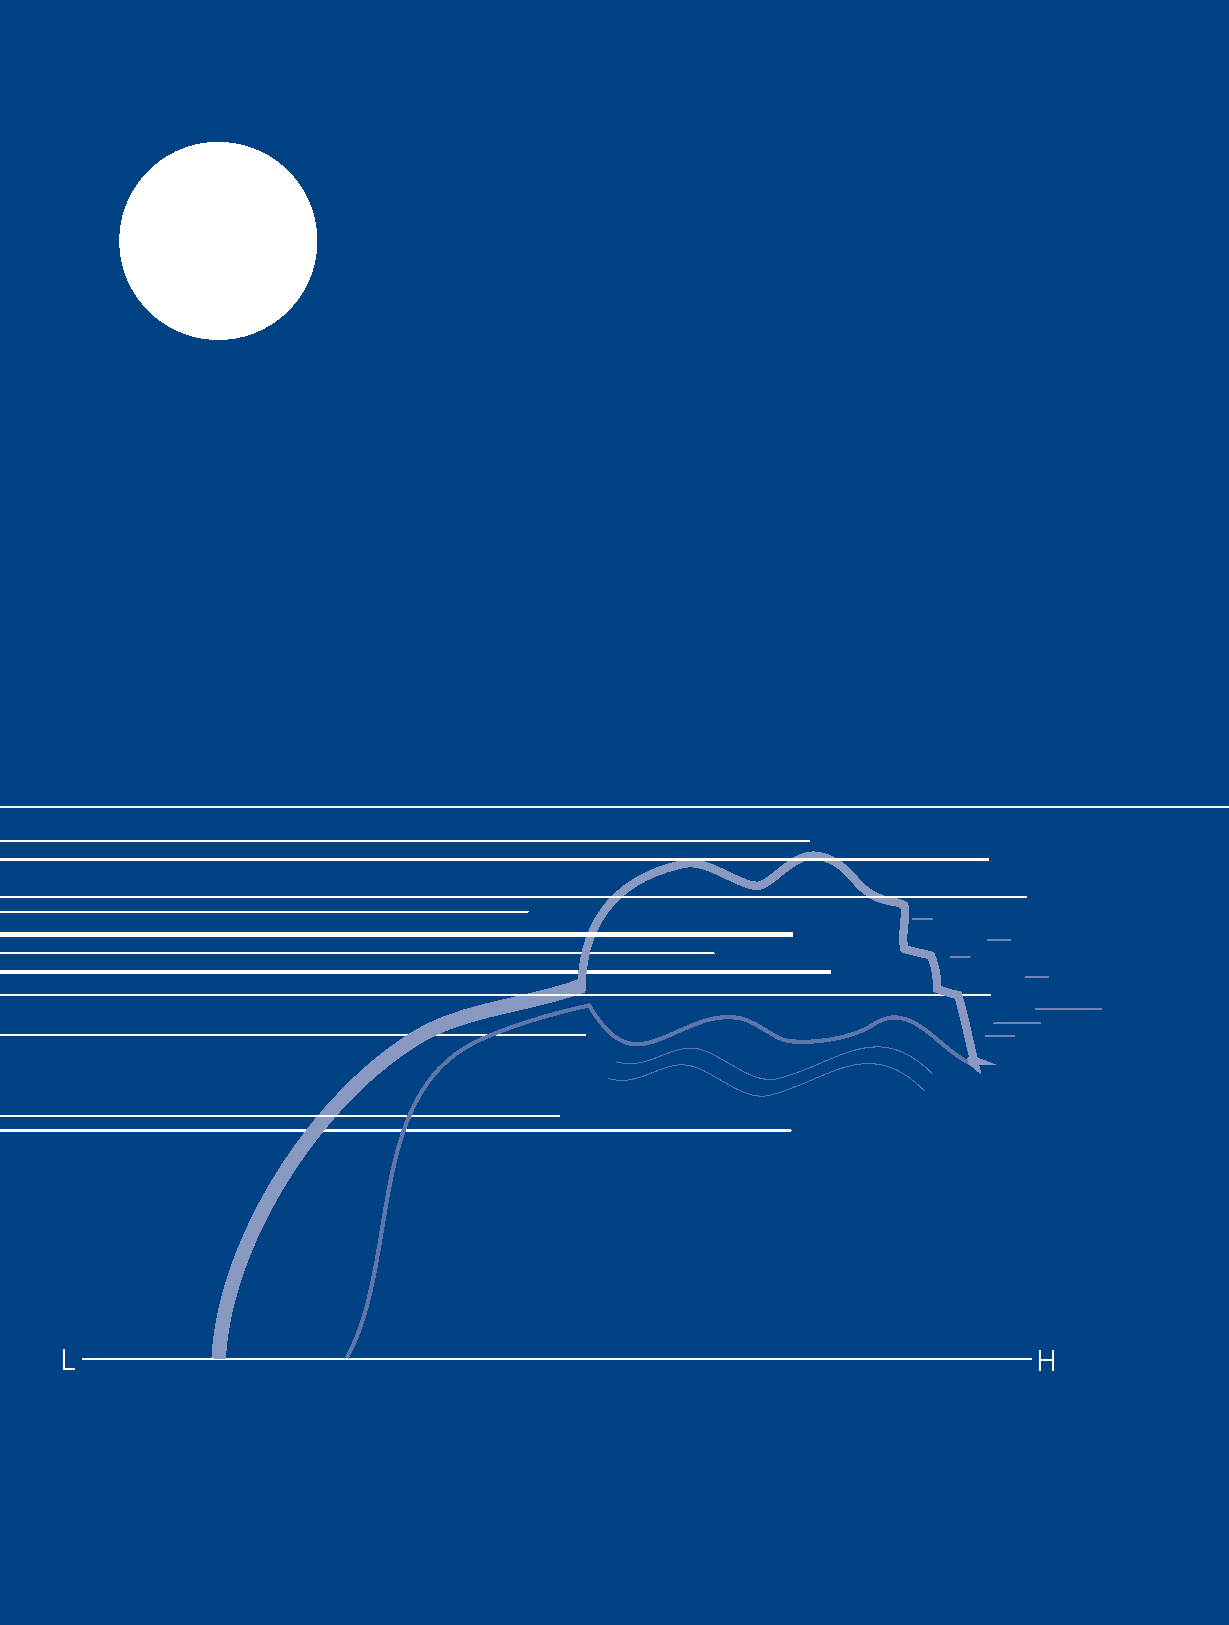
L                                                                H